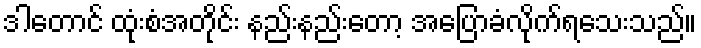
ဒါတောင် ထုံးစံအတိုင်း နည်းနည်းတော့ အပြောခံလိုက်ရသေးသည်။